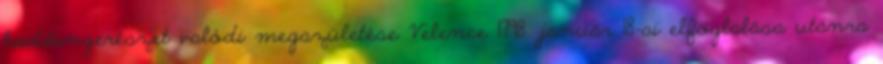
haditengerészet valódi megszületése Velence 1798. január 18-ai elfoglalása utánra